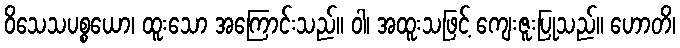
ဝိသေသပစ္စယော၊ ထူးသော အကြောင်းသည်။ ဝါ၊ အထူးသဖြင့် ကျေးဇူးပြုသည်။ ဟောတိ၊